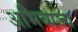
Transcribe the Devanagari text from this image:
अभिव्यज्य